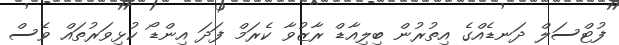
ފުޓްސަލް ދަނޑެއްގެ އިތުރުން ބިލިއާޑް ރާޒުވާ ކެރަމް ފަދަ އިންޑޯ ކުޅިވަރުތައް ވެސް